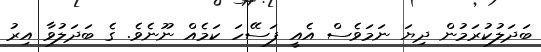
ބަދަލުކުރަމުން ދިޔަ ނަމަވެސް އެއީ ފަސޭހަ ކަމެއް ނޫނެވެ. ގެ ބަދަލުވާ އިރު